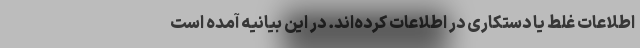
اطلاعات غلط یا دستکاری در اطلاعات کرده‌اند. در این بیانیه آمده است